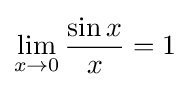
\lim _{x\to 0}{\frac {\sin x}{x}}=1